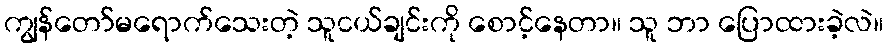
ကျွန်တော်မရောက်သေးတဲ့ သူငယ်ချင်းကို စောင့်နေတာ။ သူ ဘာ ပြောထားခဲ့လဲ။